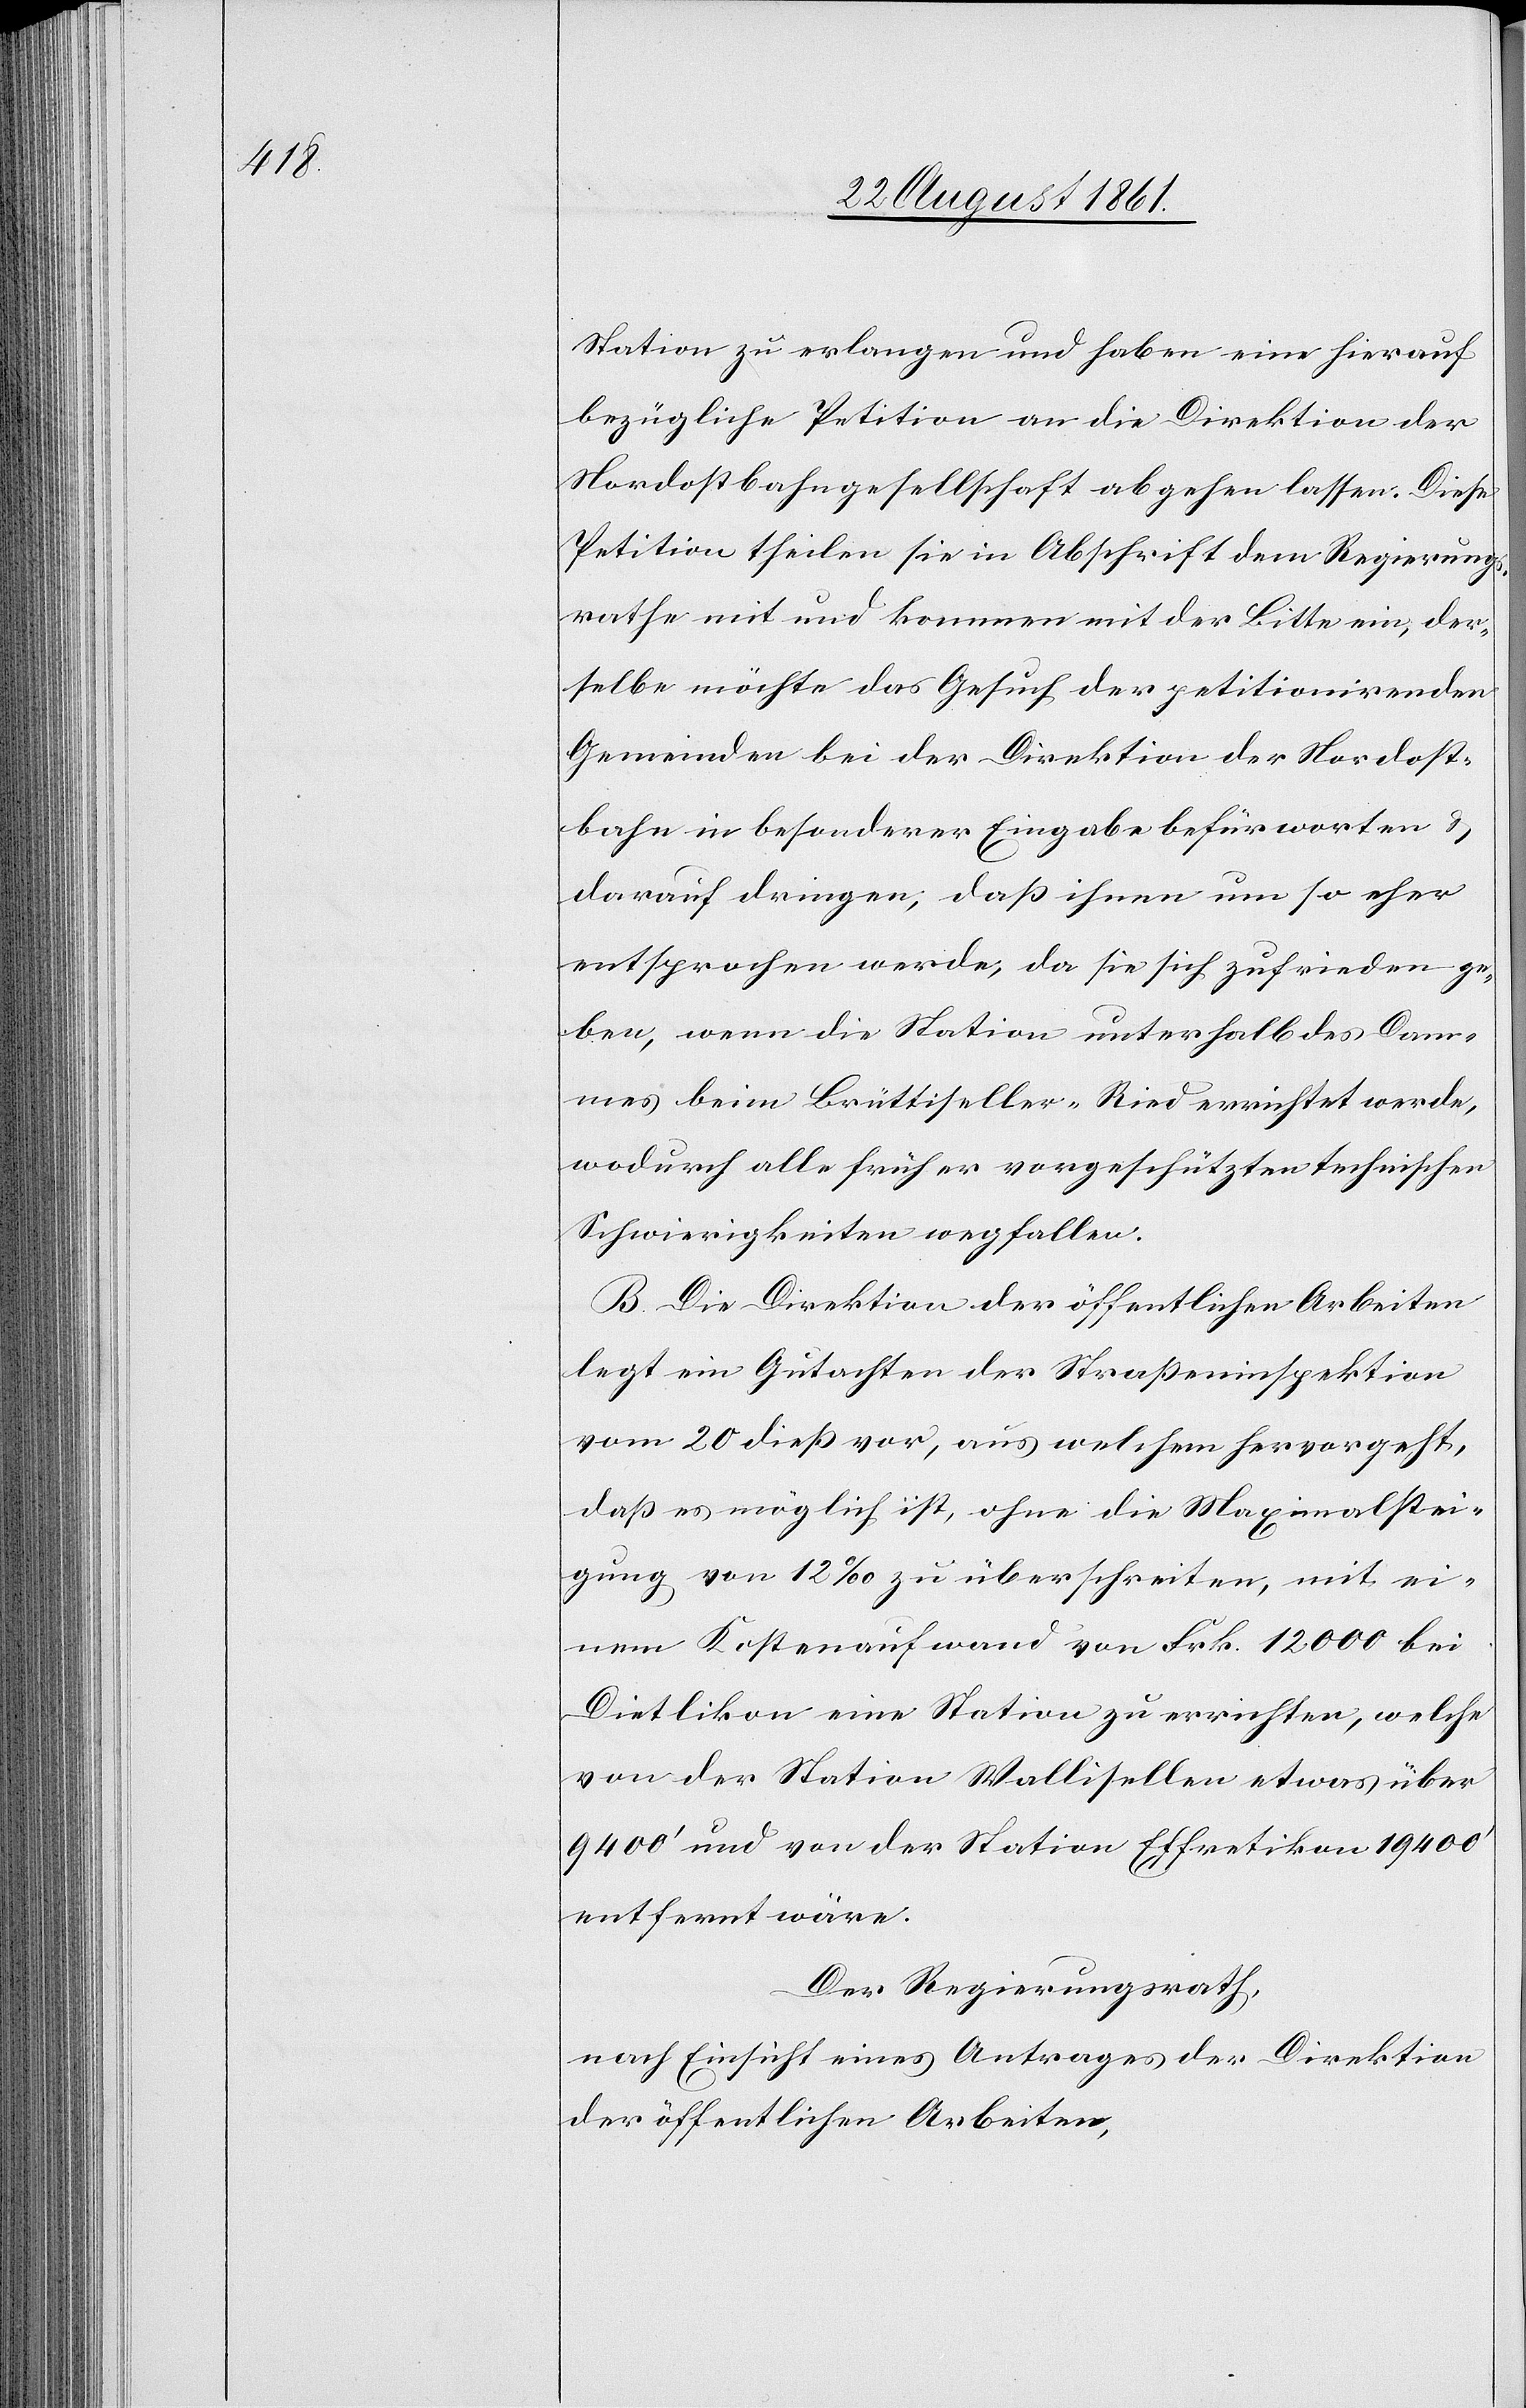
Station zu erlangen und haben eine hierauf
bezüglich Petition an die Direktion der
Nordostbahngesellschaft abgehen lassen. Diese
Petition theilen sie in Abschrift dem Regierungs¬
rathe mit und kommen mit der Bitte ein, der¬
selbe möchte das Gesuch der petitionirenden
Gemeinden bei der Direktion der Nordost¬
bahn in besonderer Eingabe befürworten u.
darauf dringen, daß ihnen um so eher
entsprochen werde, da sie sich zufrieden ge¬
ben, wenn die Station unterhalb des Dam¬
mes beim Brüttiseller-Ried errichtet werde,
wodurch alle früher vorgeschützten technischen
Schwierigkeiten wegfallen.
B. Die Direktion der öffentlichen Arbeiten
legt ein Gutachten der Straßeninspektion
vom 20 dieß vor, aus welchem hervorgeht,
daß es möglich ist, ohne die Maximalstei¬
gung von 12‰ zu überschreiten, mit ei¬
nem Kostenaufwand von Frk. 12000 bei
Dietlikon eine Station zu errichten, welche
von der Station Wallisellen etwas über
9400’ und von der Station Effretikon 19400’
entfernt wäre.
Der Regierungsrath,
nach Einsicht eines Antrages der Direktion
der öffentlichen Arbeiten,